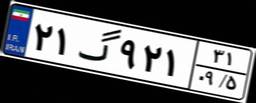
۲۱گ۹۲۱۳۱